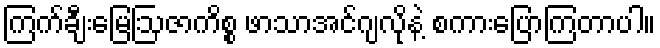
ကြက်ချီးမြေဩဇာကိစ္စ ဖာသာအင်ဂျလိုနဲ့ စကားပြောကြတာပါ။